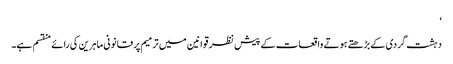
‘
دہشت گردی کے بڑھتے ہوتے واقعات کے پیش نظر قوانین میں ترمیم پر قانونی ماہرین کی رائے منقسم ہے۔